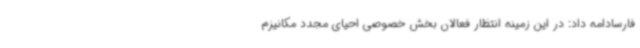
فارسادامه داد: در این زمینه انتظار فعالان بخش خصوصی احیای مجدد مکانیزم